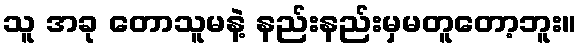
သူ အခု တောသူမနဲ့ နည်းနည်းမှမတူတော့ဘူး။